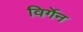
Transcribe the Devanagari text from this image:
विर्गेन